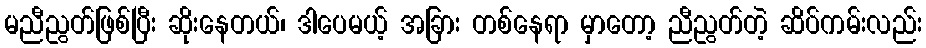
မညီညွတ်ဖြစ်ပြီး ဆိုးနေတယ်၊ ဒါပေမယ့် အခြား တစ်နေရာ မှာတော့ ညီညွတ်တဲ့ ဆိပ်ကမ်းလည်း